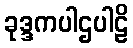
ခုဒ္ဒကပါဌပါဠိ